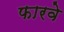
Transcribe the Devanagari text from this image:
फारवे